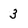
Character: 3